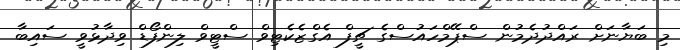
މި ބަޔާނަށް ރައްދުދެމުން ސްޕޭމްހައުސްގެ ޗީފް އެގްޒެކެޓިވް ސްޓީވް ލިންފޯޑް ވިދާޅުވީ ސައިބާ